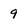
Character: 9